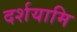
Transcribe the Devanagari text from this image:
दर्शयामि